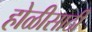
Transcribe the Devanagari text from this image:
होळीसाठी